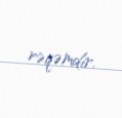
rəqəmdir.